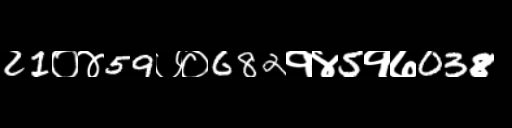
Text: 21०४59७०682१४5१७038